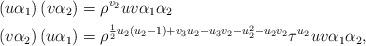
LaTeX: \begin{align*}\left(u\alpha_{1}\right)\left(v\alpha_{2}\right)&=\rho^{v_{2}}uv\alpha_{1}\alpha_{2}\ \\\left(v\alpha_{2}\right)\left(u\alpha_{1}\right)&=\rho^{\frac{1}{2}u_{2}\left(u_{2}-1\right)+v_{3}u_{2}-u_{3}v_{2}-u_{2}^{2}-u_{2}v_{2}}\tau^{u_{2}}uv\alpha_{1}\alpha_{2}, \end{align*}